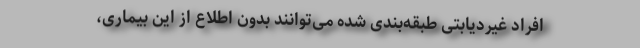
افراد غیردیابتی طبقه‌بندی شده می‌توانند بدون اطلاع از این بیماری،